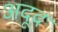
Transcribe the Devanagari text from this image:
अदूद